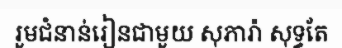
រួមជំនាន់រៀនជាមួយ សុភារ៉ា សុទ្ធតែ